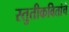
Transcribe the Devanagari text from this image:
स्तुतीकवितांचे